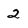
Character: 2